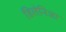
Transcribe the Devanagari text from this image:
डिलेनिआ